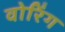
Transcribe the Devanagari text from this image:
वोरिंग